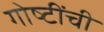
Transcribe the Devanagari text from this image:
गोष्‍टींची